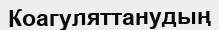
Коагуляттанудың